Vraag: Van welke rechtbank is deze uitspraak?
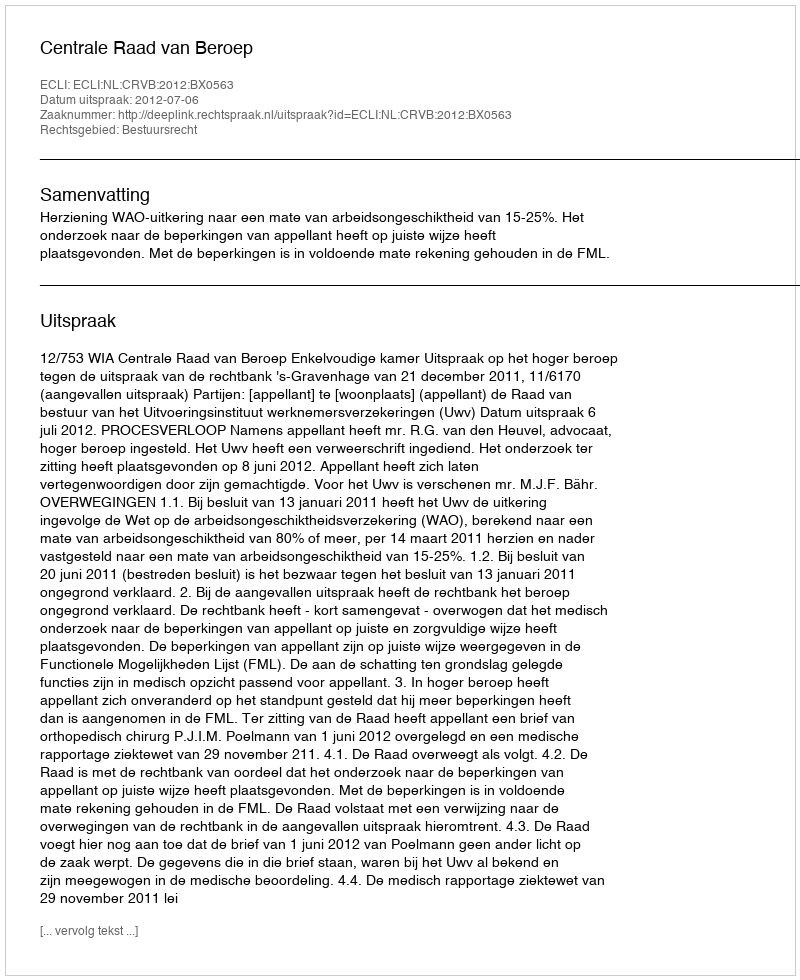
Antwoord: Centrale Raad van Beroep